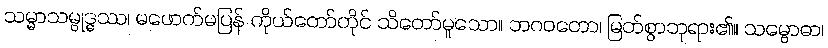
သမ္မာသမ္ဗုဒ္ဓဿ၊ မဖောက်မပြန် ကိုယ်တော်တိုင် သိတော်မူသော။ ဘဂဝတော၊ မြတ်စွာဘုရား၏။ သမ္ဗောဓာ၊